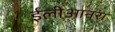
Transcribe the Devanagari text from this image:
ईलीआनरा